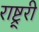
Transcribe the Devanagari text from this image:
राष्ट्र्री